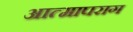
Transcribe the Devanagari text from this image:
आत्मापराग